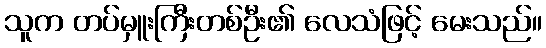
သူက တပ်မှူးကြီးတစ်ဦး၏ လေသံဖြင့် မေးသည်။